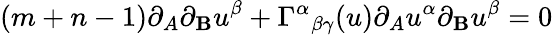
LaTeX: (m+n-1)\partial_{A}\partial_{\mathbf{B}}u^{\beta}+\Gamma^{\alpha}{}_{\beta\gamma}(u)\partial_{A}u^{\alpha}\partial_{\mathbf{B}}u^{\beta}=0